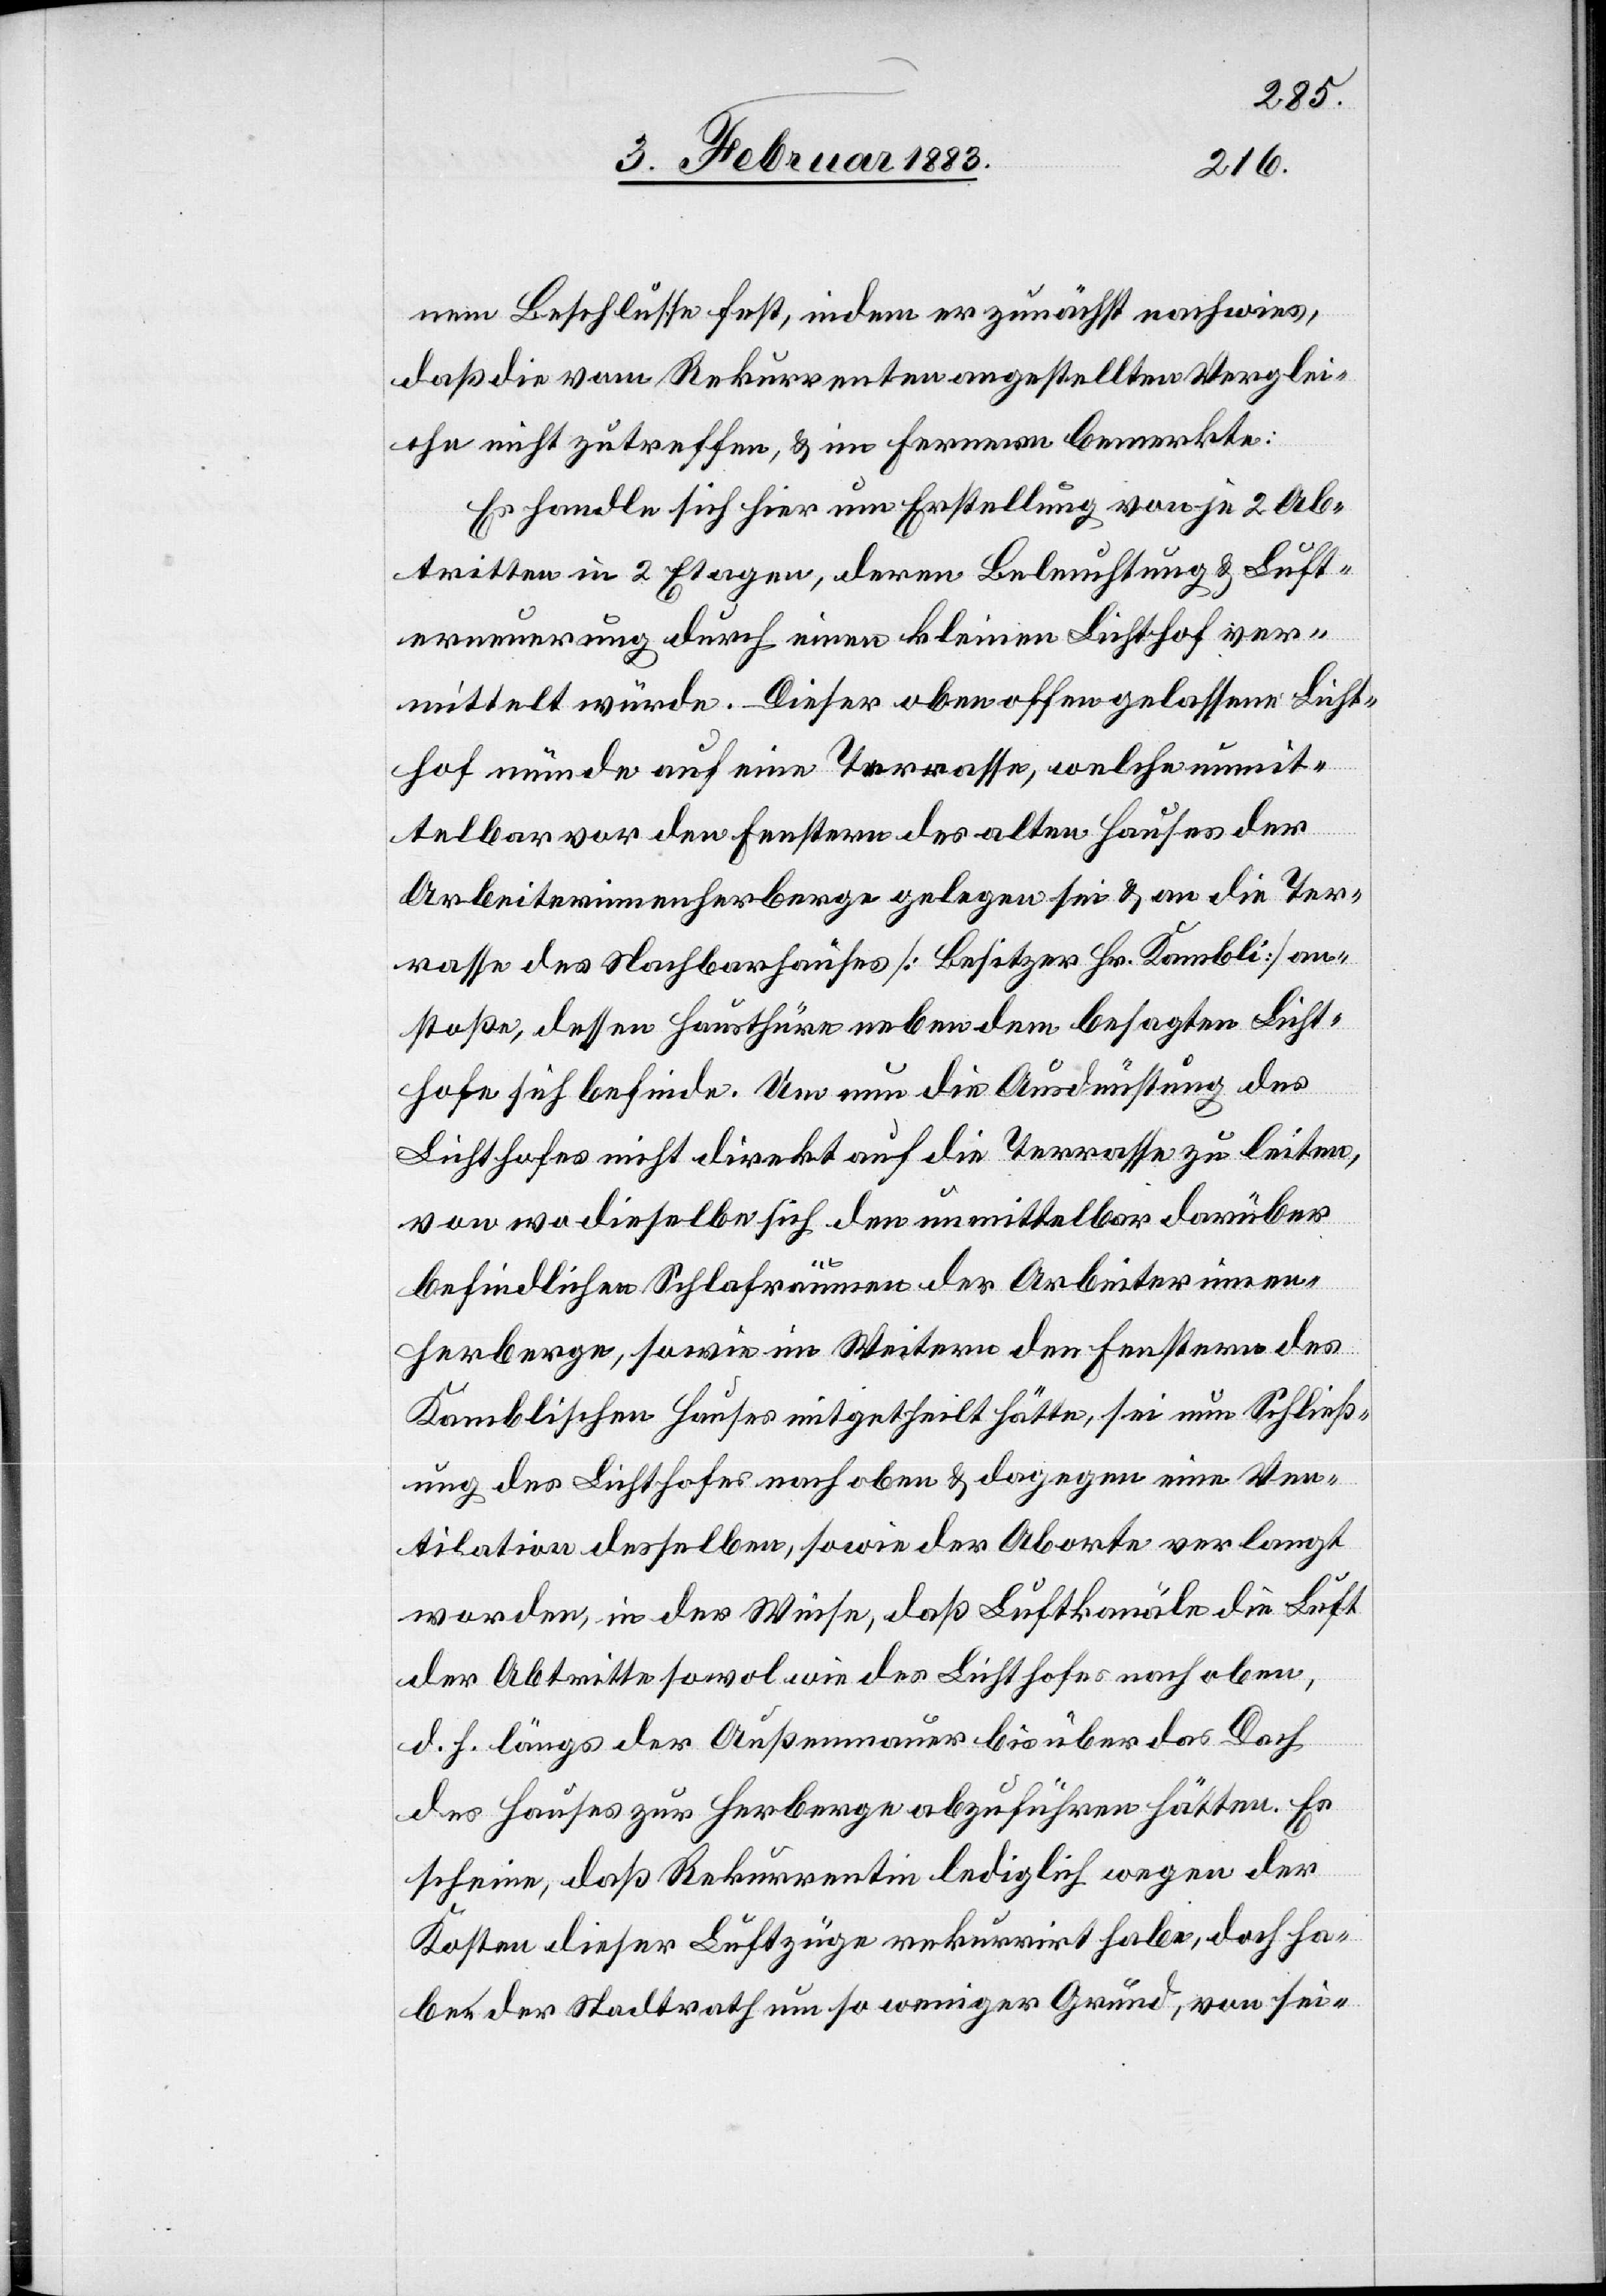
nem Beschlusse fest, indem er zunächst nachwies,
daß die vom Rekurrenten angestellten Verglei¬
che nicht zutreffen, & im Fernern bemerkte:
Es handle sich hier um Erstellung von je 2 Ab¬
tritten in 2 Etagen, deren Beleuchtung & Luft¬
erneuerung durch einen kleinen Lichthof ver¬
mittelt würde. Dieser oben offen gelassene Licht¬
hof münde auf eine Terrasse, welche unmit¬
telbar vor den Fenstern des alten Hauses der
Arbeiterinnenherberge gelegen sei & an die Ter¬
rasse des Nachbarhauses [Besitzer Hr. Kambli] an¬
stoße, dessen Hausthüre neben dem besagten Licht¬
hofe sich befinde. Um nun die Ausdünstung des
Lichthofes nicht direkt auf die Terrasse zu leiten,
von wo dieselbe sich den unmittelbar darüber
befindlichen Schlafräumen der Arbeiterinnen¬
herberge, sowie im Weitern den Fenstern des
Kamblischen Hauses mitgetheilt hätte, sei nun Schließ¬
ung des Lichthofes nach oben & dagegen eine Ven¬
tilation desselben, sowie der Aborte verlangt
worden, in der Weise, daß Luftkanäle die Luft
der Abtritte sowol wie des Lichthofes nach oben,
d. h. längs der Außenmauer bis über das Dach
des Hauses zur Herberge abzuführen hätten. Es
scheine, daß Rekurrentin lediglich wegen der
Kosten dieser Luftzüge rekurrirt habe, doch ha¬
be der Stadtrath um so weniger Grund, von sei-